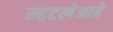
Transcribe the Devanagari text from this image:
म्हटलेआहे